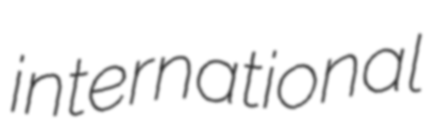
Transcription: international